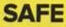
SAFE